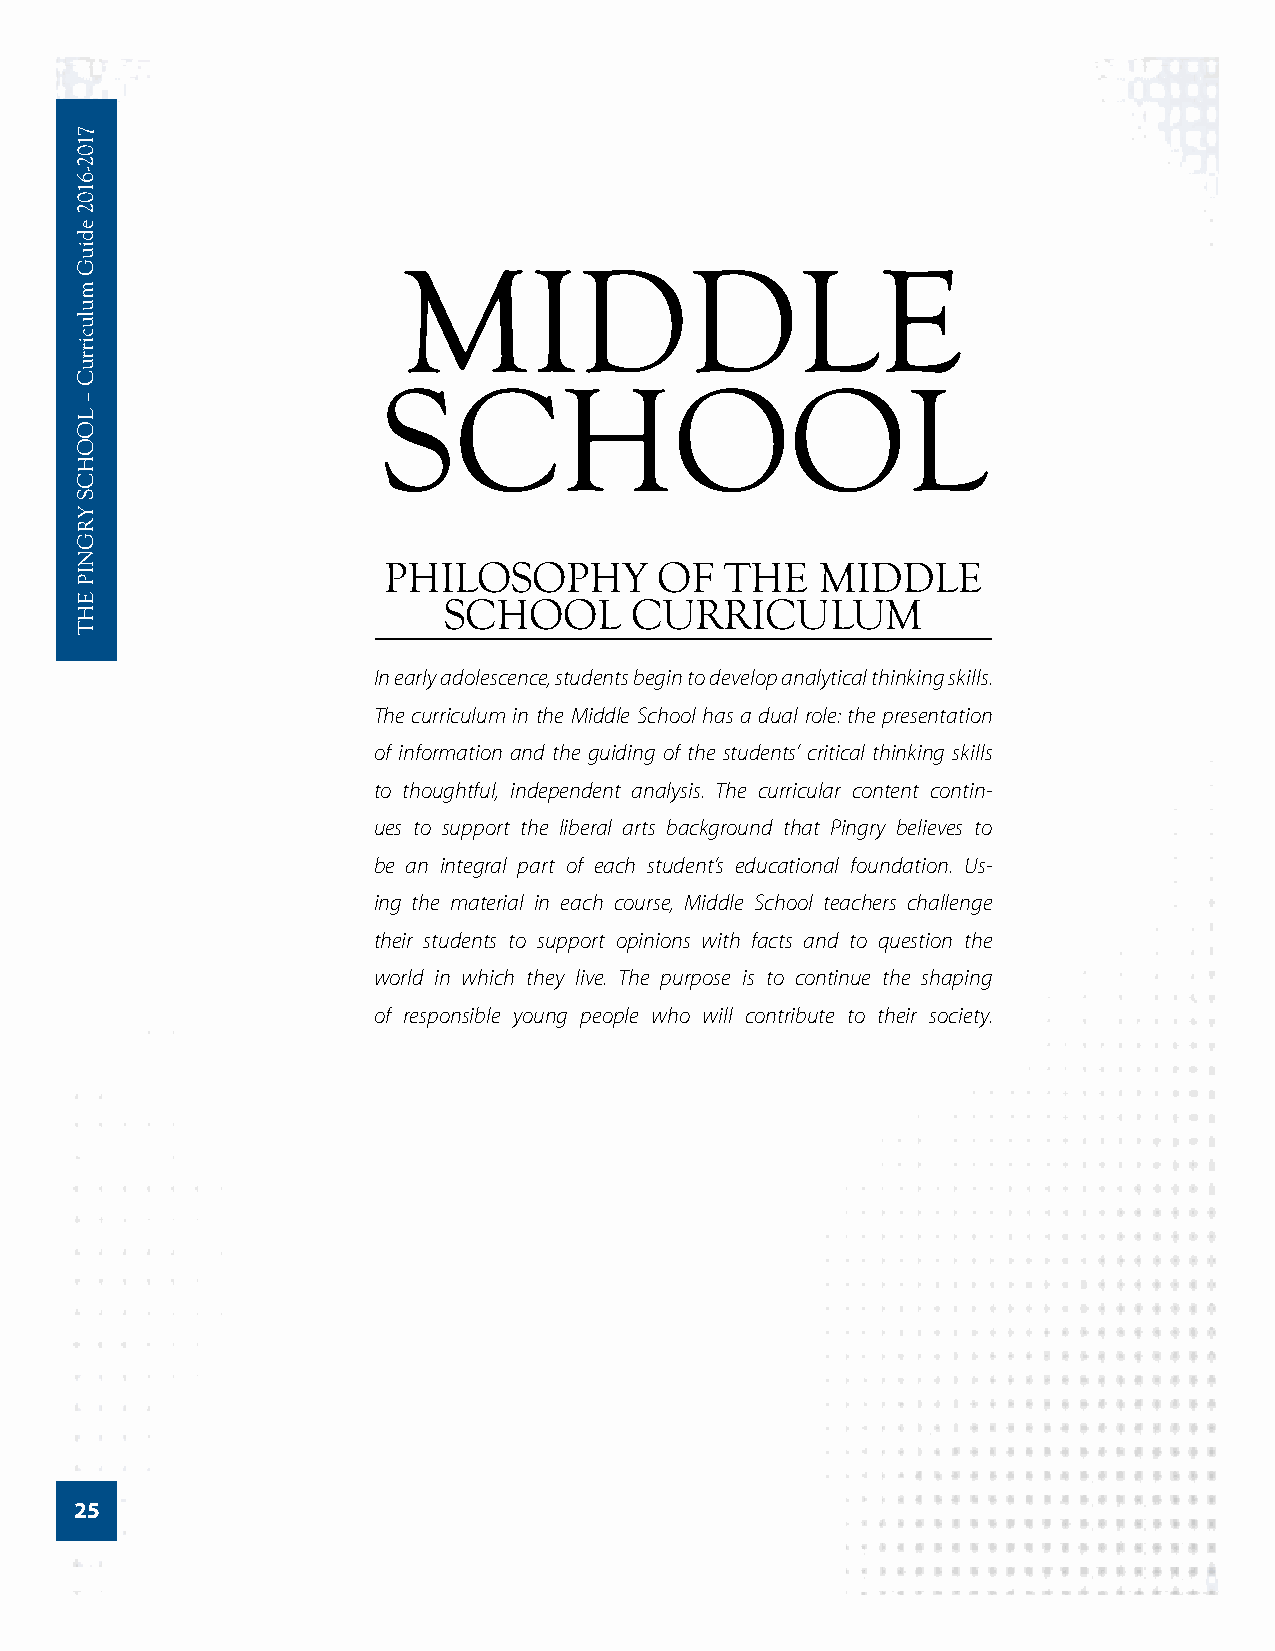
MIDDLE
 SCHOOL
 PHILOSOPHY         OF  THE   MIDDLE
 SCHOOL       CURRICULUM
 In early adolescence, students begin to develop analytical thinking skills.
 The curriculum in the Middle School has a dual role: the presentation
 of information and the guiding of the students’ critical thinking skills
 to thoughtful, independent analysis. The curricular content contin-
 ues to support the liberal arts background that Pingry believes to
 be an integral part of each student’s educational foundation. Us-
 ing the material in each course, Middle School teachers challenge
 their students to support opinions with facts and to question the
 world in which they live. The purpose is to continue the shaping
 of responsible young people who will contribute to their society.
 25
 7102-­6102
 ediuG
 mulucirruC
 –
 LOOHCS
 YRGNIP
 EHT